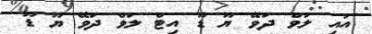
އައި ލަވް ދަވޭ ޔޫ ޑޫ އިޓް ލަވް ދަވޭ ޔޫ ޑޫ